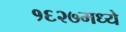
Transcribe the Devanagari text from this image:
१६२७मध्ये